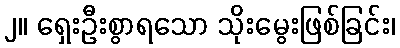
၂။ ရှေးဦးစွာရသော သိုးမွေးဖြစ်ခြင်း၊